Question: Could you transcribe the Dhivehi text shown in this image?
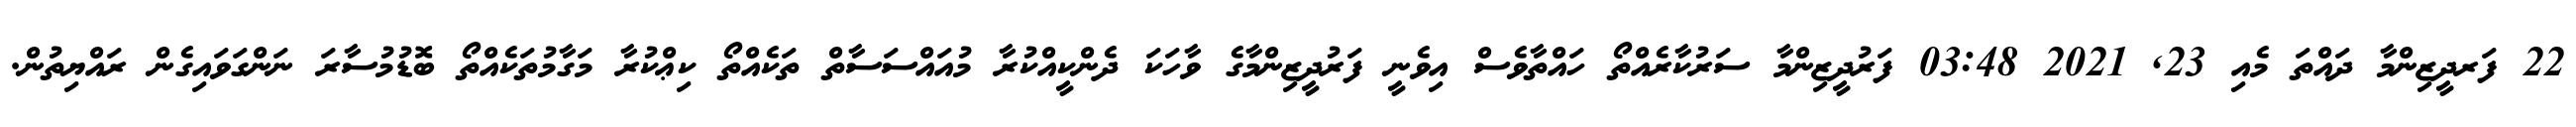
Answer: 22 ފަރދީޒިންމާ ދައްތަ މެއި 23, 2021 03:48 ފަރުދީޒިންމާ ސަރުކާރެއްތޯ ހައްތާވެސް އިވެނީ ފަރުދީޒިންމާގެ ވާހަކަ ދެންކީއްކުރާ މުއައްސަސާތް ތަކެއްތޯ ކިޢްކުރާ މަގާމުތަކެއްތޯ ބޮޑުމުސާރަ ނަންގަވައިގެން ރައްޔިތުން.